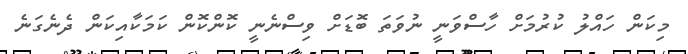
މިކަން ހައްލު ކުރުމަށް ހާސްވަނީ ނުވަތަ ބޮޑަށް ވިސްނެނީ ކޮންކޮން ކަމަކާއިކަން ދެނެގަނެ